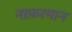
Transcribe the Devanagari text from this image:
नाफ़रमान